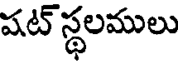
షట్ స్థలములు